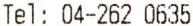
TEL: 04-262 0635